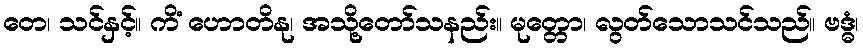
တေ၊ သင်နှင့်။ ကိံ ဟောတိနု၊ အသို့တော်သနည်း။ မုတ္တော၊ လွတ်သောသင်သည်။ ဗဒ္ဓံ၊